Leningradi_Edasi_toimetus, lk 52
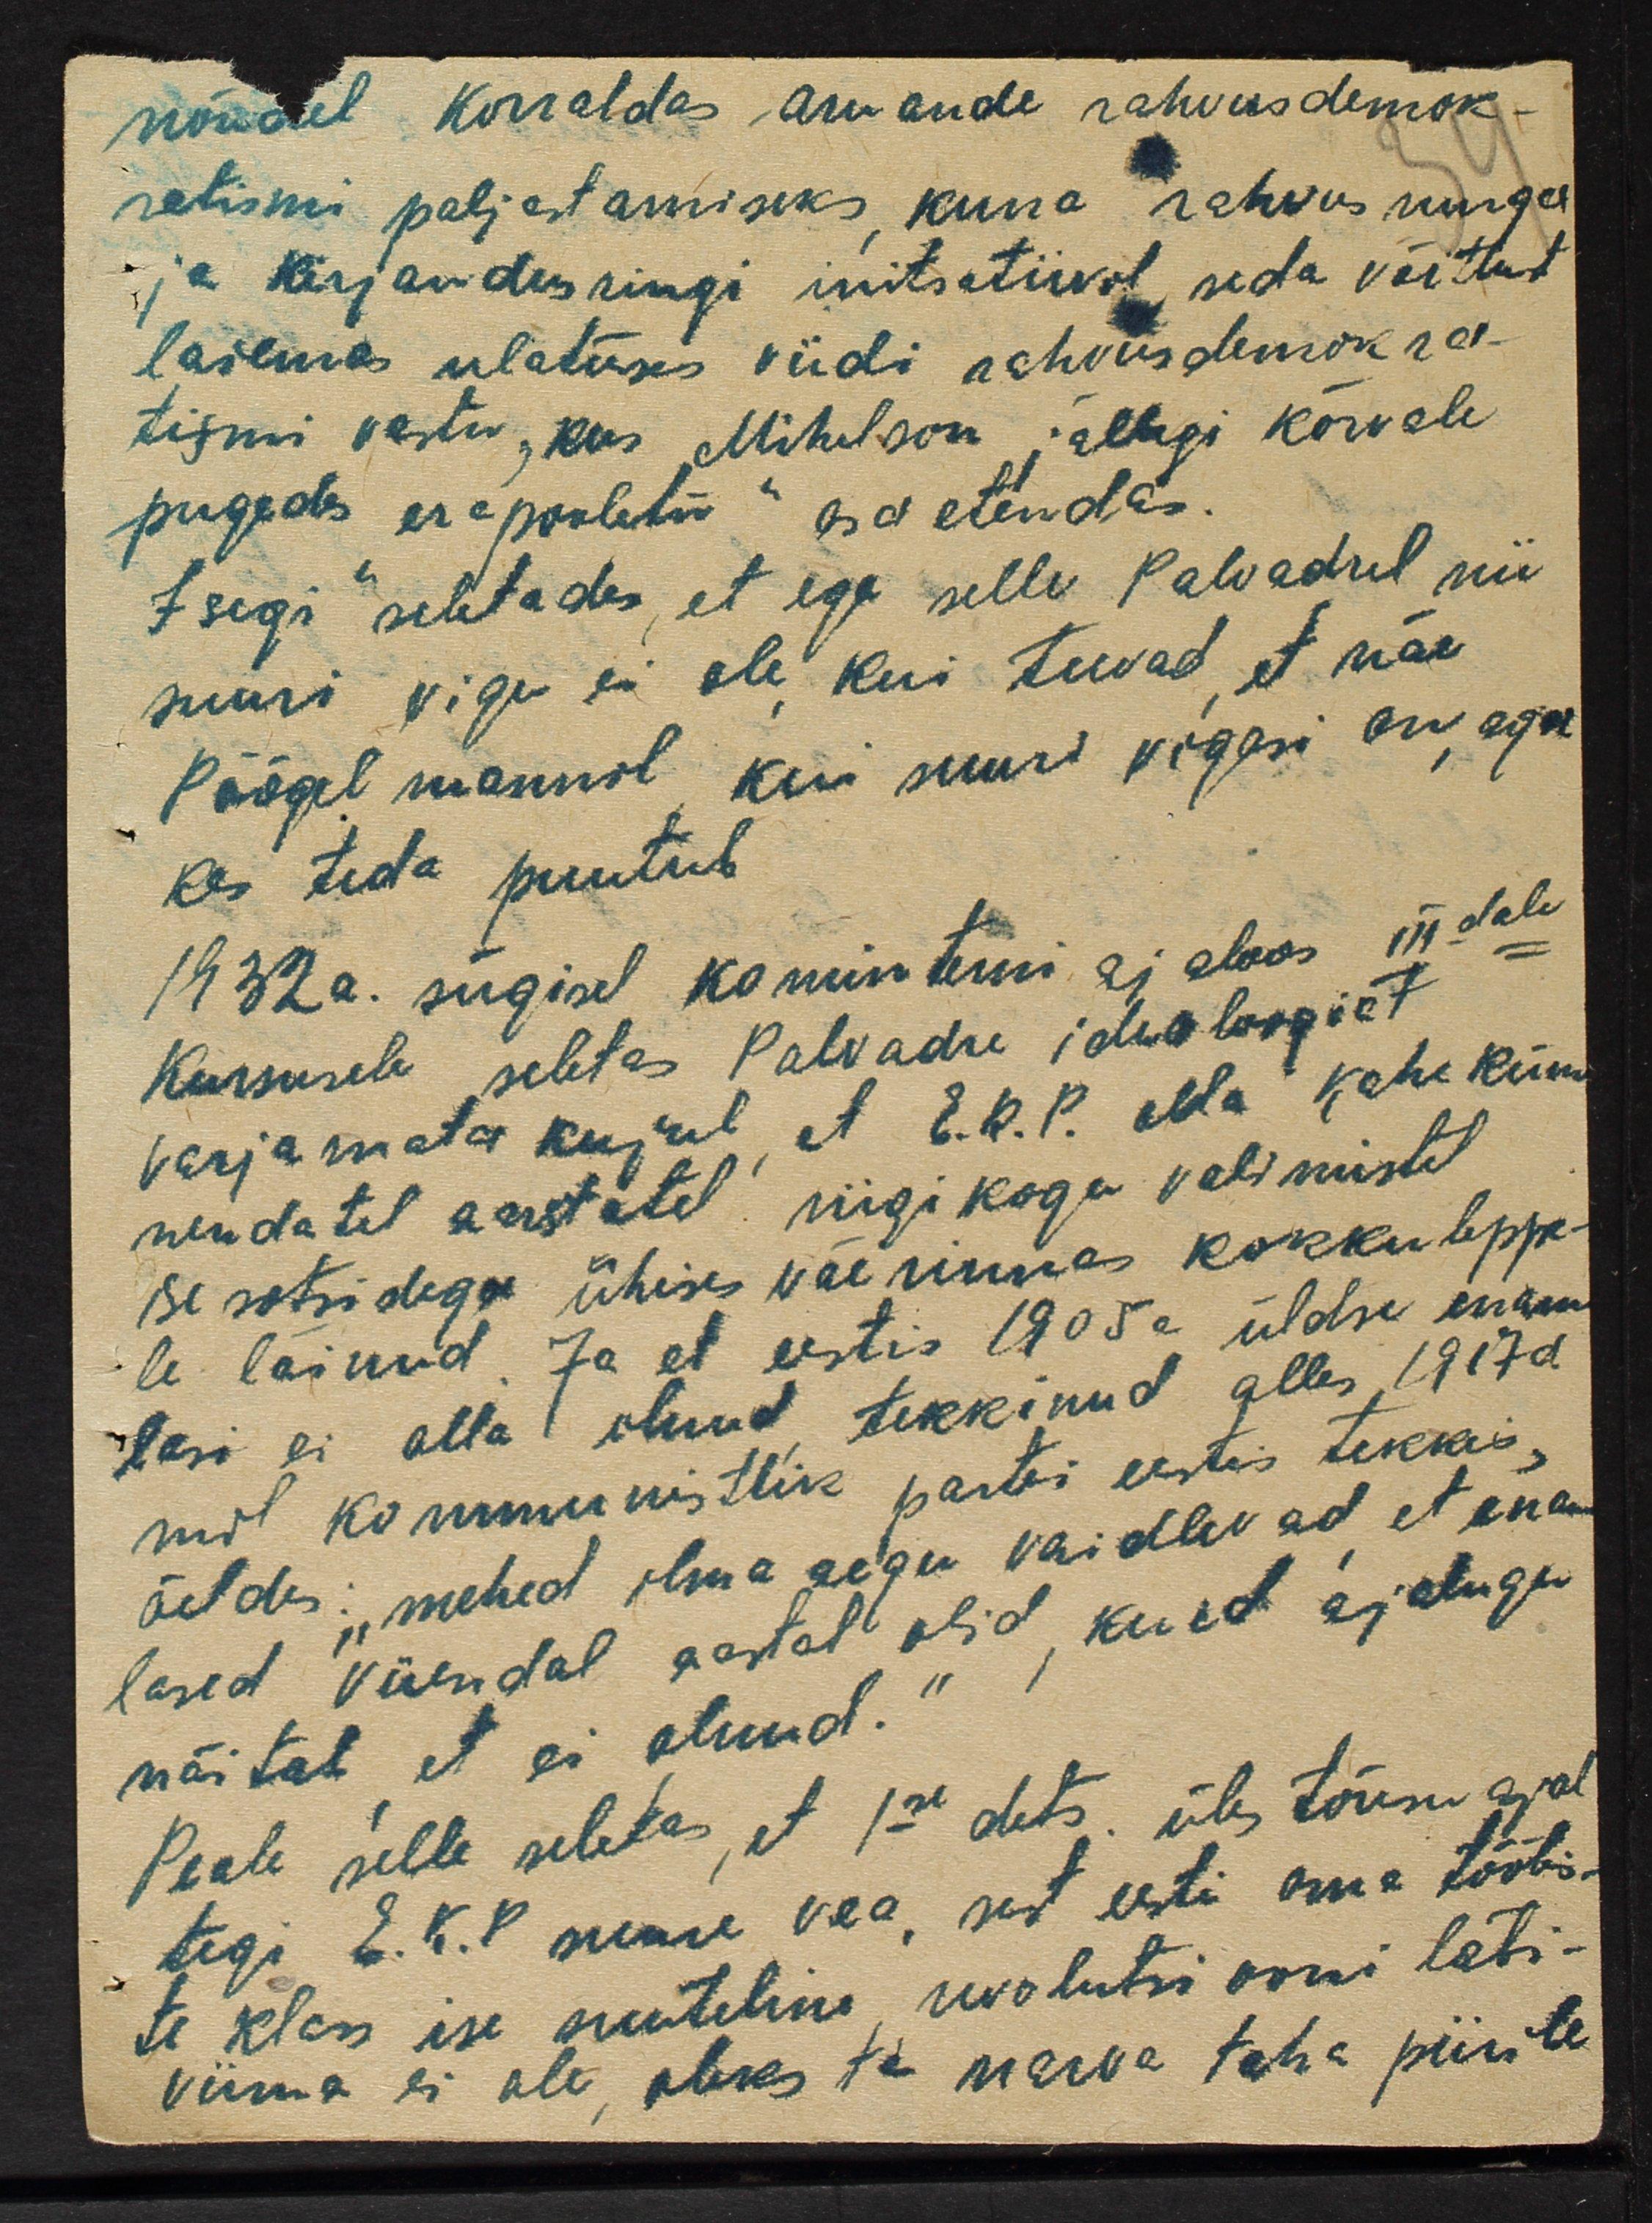
nõudel korraldas aruande rahvusdemok-
ratismi paljastamiseks kuna rahvusnurga
ja kirjandusringi initsatiivil seda võitlust
laiemas ulatuses viidi rahvusdemokra-
tismi vastu, kus Mihelson, jällegi kõrvale
pugedes "erapooletu" osa etendas.
Isegi seletades, et ega selle Palvadrel nii
suuri vigu ei ole kui teevad et näe
Pöögelmannil kui suuri vigasi on, aga
kes teda puutub.
1932 a. sügisel kominteni ajaloos IIIdale
kursusele seletas Palvadre ideoloogiat
varjamata kujul, et E.K.P. olla kaheküm
nendatel aastatel riigikogu valimistel
ise sotsidega ühise väerinnas kokkuleppe-
le läinud. Ja et eestis 1905a üldse enam
lasi ei olla olnud tekkinud alles 1917 a.
mil kommunistlik partei eestis tekkis,
öeldes: "mehed ilma aegu vaidlevad et enam-
lased viiendal aastal olid, kuid ajalugu
näitab et ei olnud.“
Peale selle seletas, et 1se dets. üles tõusu ajal
tegi E.K.P suure vea, sest eesti oma töölis-
te klass ise suuteline revolutsiooni läbi-
viima ei ole, oleks ta narva taha piirile